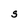
Character: S